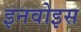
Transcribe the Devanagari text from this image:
इनवोइस